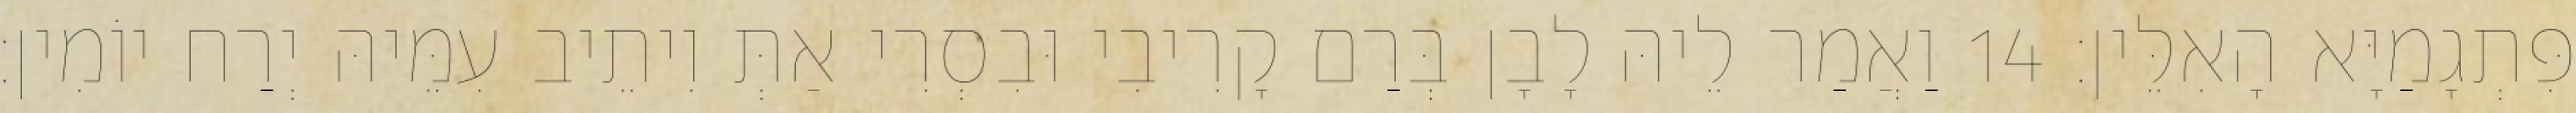
פִּתְגָמַיָּא הָאִלֵּין׃ 14 וַאֲמַר לֵיהּ לָבָן בְּרַם קָרִיבִי וּבִסְרִי אַתְּ וִיתֵיב עִמֵּיהּ יְרַח יוֹמִין׃